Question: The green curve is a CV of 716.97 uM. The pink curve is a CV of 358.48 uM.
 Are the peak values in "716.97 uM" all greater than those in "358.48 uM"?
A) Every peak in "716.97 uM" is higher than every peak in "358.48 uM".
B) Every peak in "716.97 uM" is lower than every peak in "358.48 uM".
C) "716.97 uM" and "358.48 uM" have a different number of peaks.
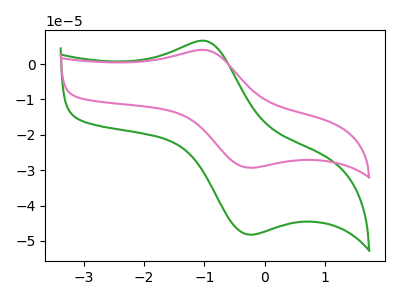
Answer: <think>The green curve "716.97 uM" has an anodic peak at (-0.95V, 6.50uA) and a cathodic peak at (-0.25V, -48.20uA). The pink curve "358.48 uM" has an anodic peak at (-0.95V, 3.95uA) and a cathodic peak at (-0.25V, -29.30uA).</think>
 <answer>A) Every peak in "716.97 uM" is higher than every peak in "358.48 uM".</answer>
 <eval>A</eval>